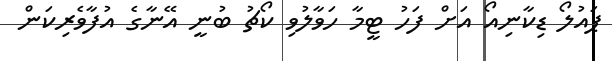
ޕައުލޯ ޑިކާނިއޯ އަށް ފަހު ޓީމާ ހަވާލުވި ކޯޗު ބުނީ އޭނާގެ އުފާވެރިކަން